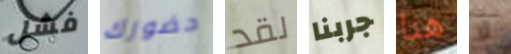
فشل حضورك لقد جربنا هنا لا